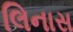
લિનાસ